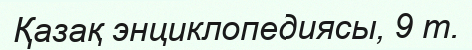
Қазақ энциклопедиясы, 9 т.